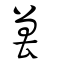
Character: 嘼